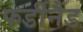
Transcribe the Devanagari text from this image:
फर्डीनैंड